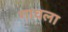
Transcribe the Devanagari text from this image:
गावला